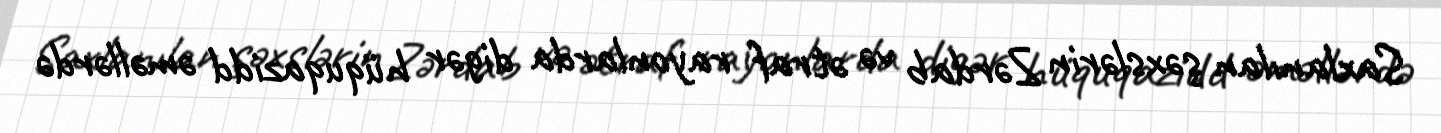
Saxlanılan şəxslərin Zərdab və ətraf rayonlarda digər hüquqazidd əməllərdə